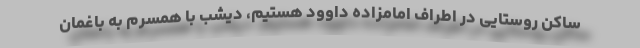
ساکن روستایی در اطراف امامزاده داوود هستیم، دیشب با همسرم به باغمان